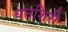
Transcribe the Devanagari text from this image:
धनशिरी